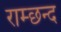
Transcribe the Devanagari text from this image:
राम्छन्द